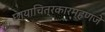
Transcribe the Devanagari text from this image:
छायाचित्रकारम्हणजे